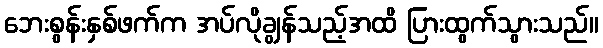
ဘေးစွန်းနှစ်ဖက်က အပ်လိုချွန်သည့်အထိ ပြားထွက်သွားသည်။